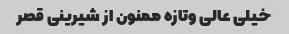
خیلی عالی وتازه ممنون از شیرینی قصر